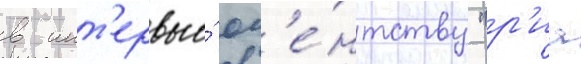
в инт'ервью́ аг'е́нтству "р'иа